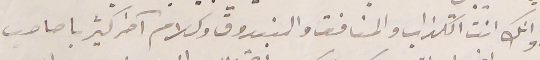
وانك انت الكذاب والمنافق والبندوق وكلام آخر كثير يا صاحب